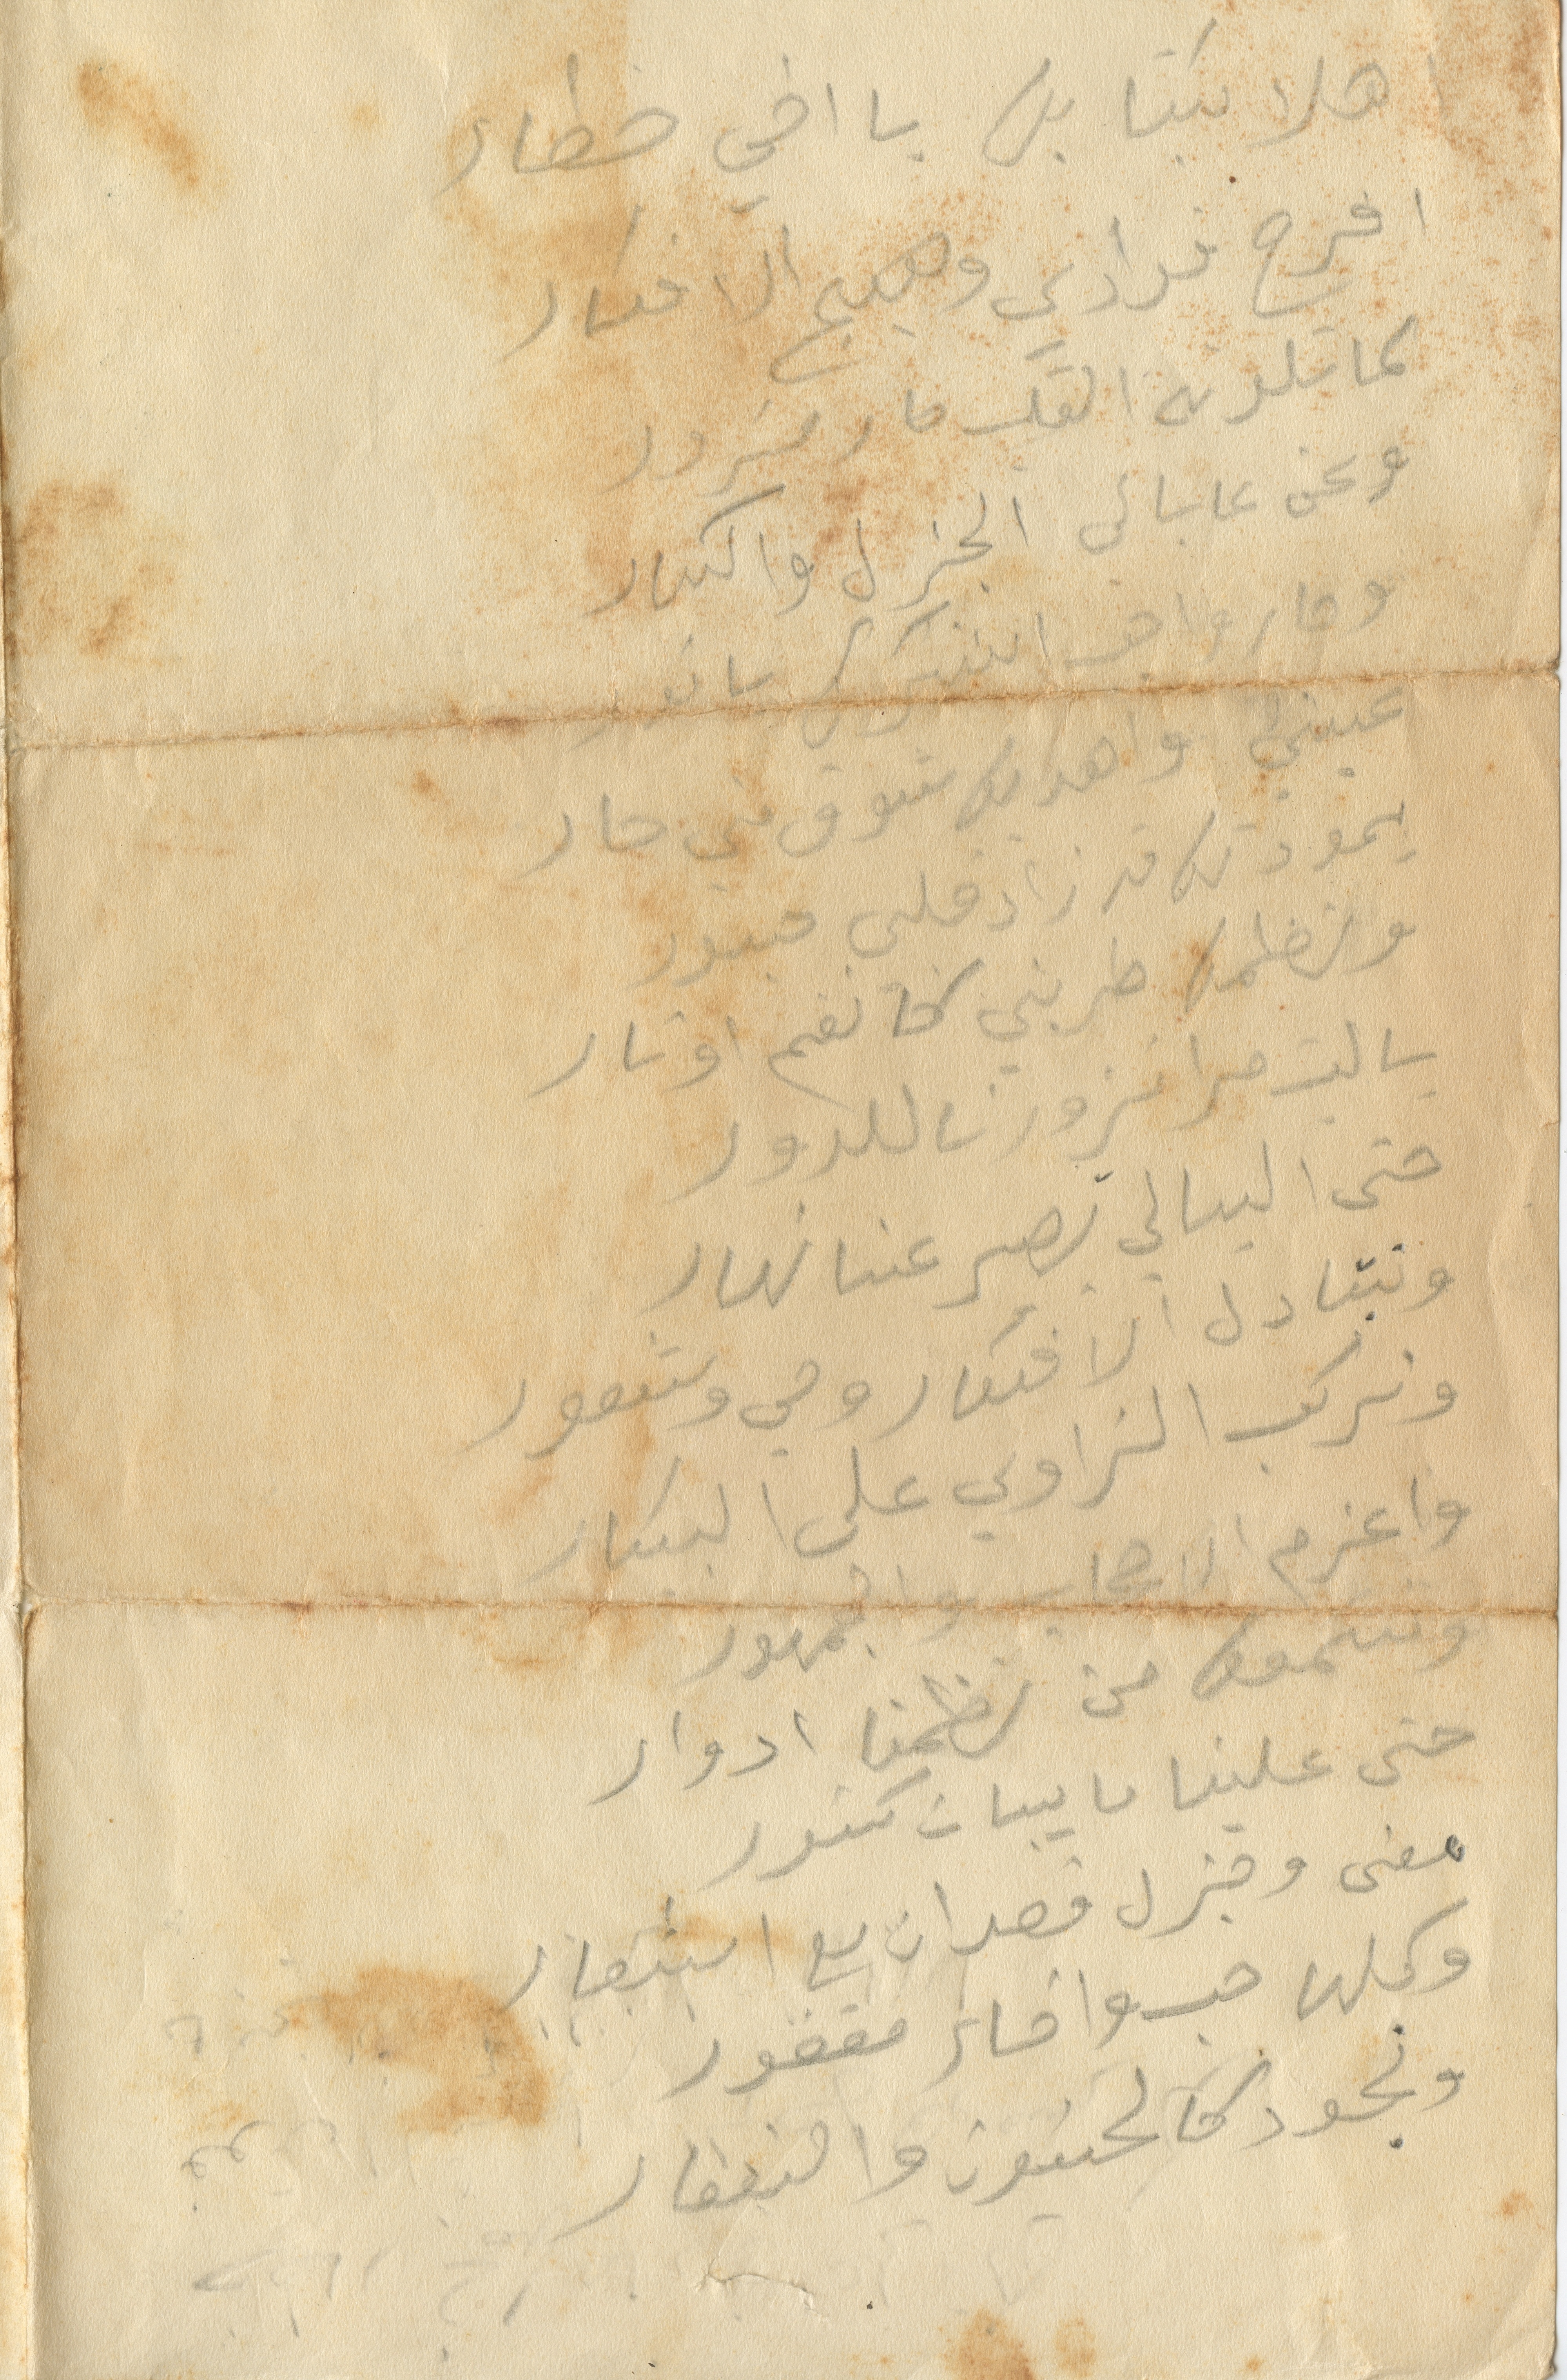
هلا كيف بل يا اخي خطار
فرح فؤادي ومبهج الأفكار
كما تلده القلب ما يزود
ويحن عابالي  الجزل والكبار
وصار واجب اشكركي يا نور
عيني واهديك شوق مني جار
يمود لك وقد زاد قلبي حبور
ونظمها طربني كا نغم أوتار
يا ليت مرا تزورنا للدور
حتى اليالي تصير عندنا نهار
وتبادل الافكار وهي شعور
ونركب الزاوي على البيكار
واعزم الاصحاب والجمهور
وسمعت من نظمنا أدوار
حتى علينا ما يبان كشور
معنى وجزل قصد ان مع الشعار
وكلها حب واخاء مقفور
ونجود كالحسون والنفقار